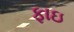
ફાઇ